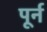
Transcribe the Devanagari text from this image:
पूर्न